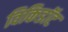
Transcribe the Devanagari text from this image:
विकिडॉट